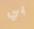
بي